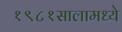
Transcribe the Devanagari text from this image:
१९८१सालामध्ये